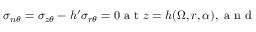
\sigma _ { n \theta } = \sigma _ { z \theta } - h ^ { \prime } \sigma _ { r \theta } = 0 \textrm { a t } z = h ( \Omega , r , \alpha ) , \textrm { a n d }